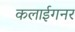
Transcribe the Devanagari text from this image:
कलाईगनर